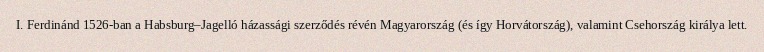
I. Ferdinánd 1526-ban a Habsburg–Jagelló házassági szerződés révén Magyarország (és így Horvátország), valamint Csehország királya lett.